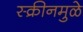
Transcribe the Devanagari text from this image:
स्क्रीनमुळे